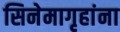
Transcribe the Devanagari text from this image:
सिनेमागृहांना